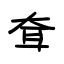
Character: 耷